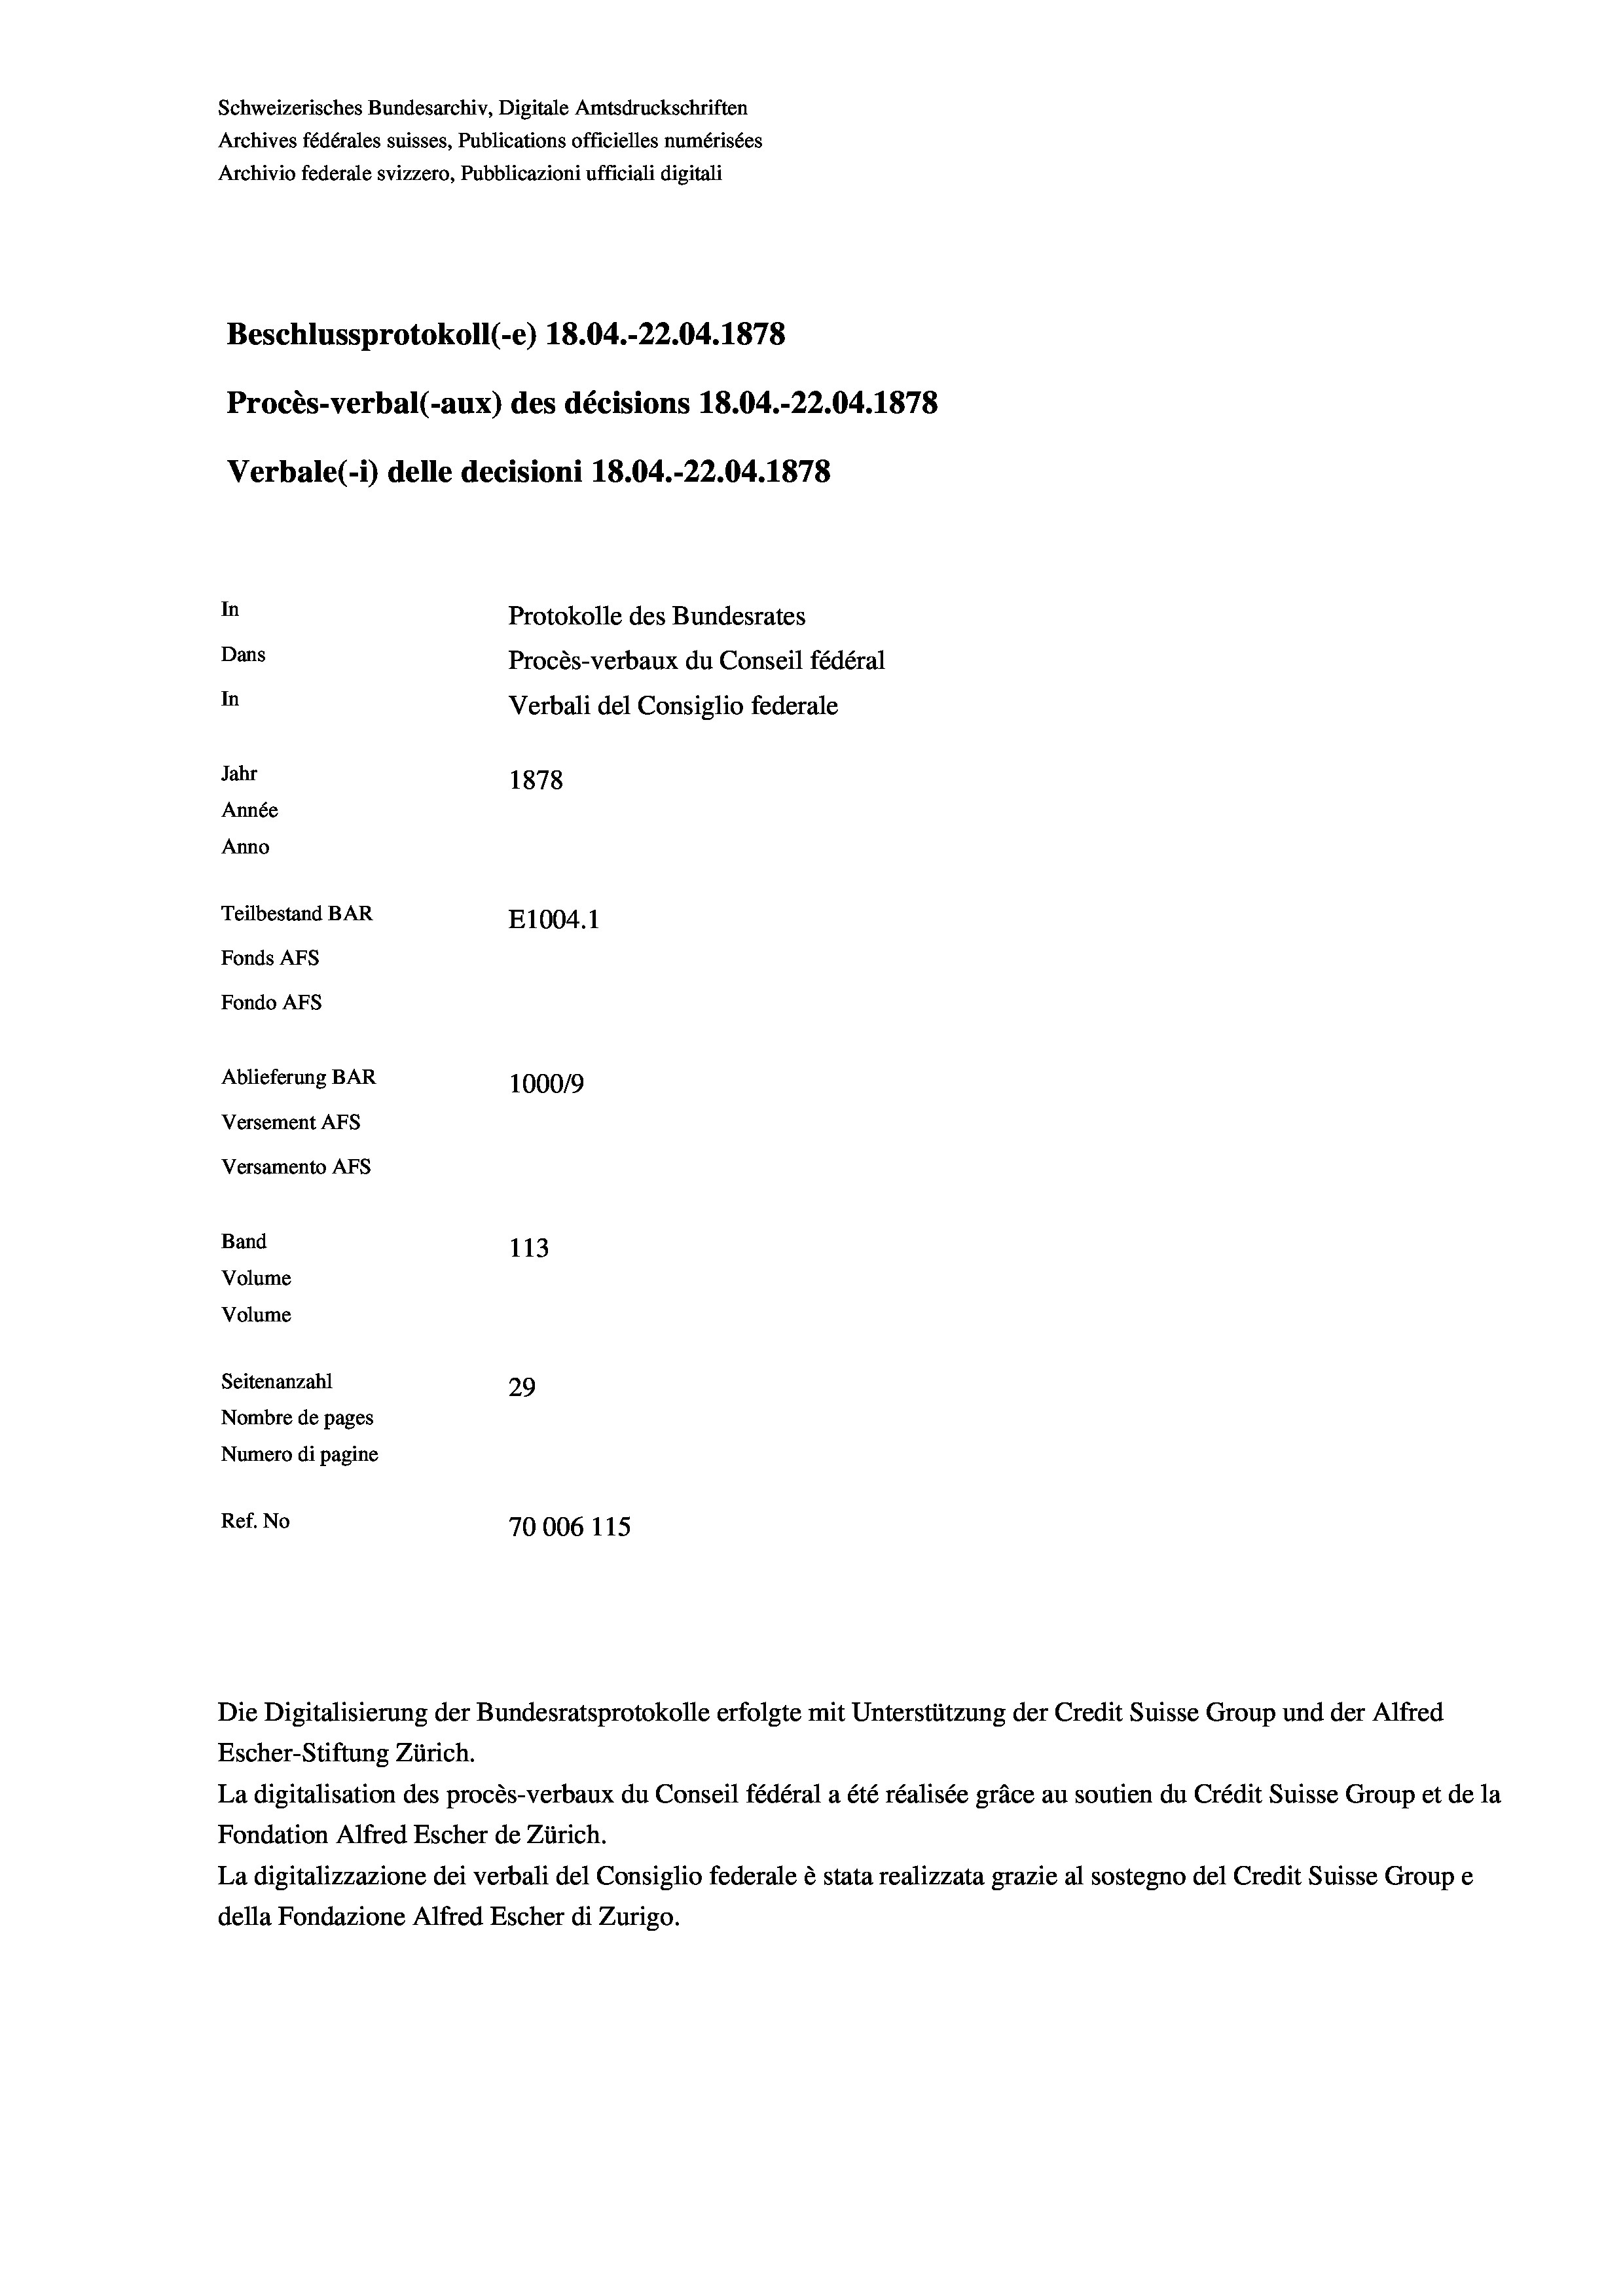
Schweizerisches Bundesarchiv, Digitale Amtsdruckschriften
Archives fédérales suisses, Publications officielles numérisées
Archivio federale svizzero, Pubblicazioni ufficiali digitali
Beschlussprotokoll (-e) 18.04.-22.04. 1878
Procès-verbal (-aux) des décisions 18.04.-22.04. 1878
Verbale(-*) delle decisioni 18.04.-22.04. 1878
In
Protokolle des Bundesrates
Dans
Procès-verbaux du Conseil fédéral
In
Verbali del Consiglio federale
Jahr
1878
Année
Anno
Teilbestand BAR
E1004. 1
Fonds AFs
Fondo Afs
Ablieferung BAR
100019
Versement AFs
Versamento Afs
Band
113
Volume
Volume
Seitenanzahl
29
Nombre de pages
Numero di pagine
Ref. No
70006 115

Die Digitalisierung der Bundesratsprotokolle erfolgte mit Unterstützung der Credit Suisse Group und der Alfred

Escher-Stiftung Zürich.
La digitalisation des procès-verbaux du Conseil fédéral a été réalisée gräce au soutien du Crédit Suisse Group et de la
Fondation Alfred Escher de Zürich.
La digitalizzazione dei verbali del Consiglio federale è stata realizzata grazie al sostegno del Credit Suisse Groupe
della Fondazione Alfred Escher di Zurigo.